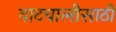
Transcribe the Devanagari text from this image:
वाटचालीसाठी